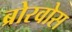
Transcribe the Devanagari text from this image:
ब्रोरवोस